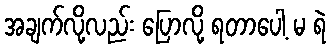
အချက်လို့လည်း ပြောလို့ ရတာပေါ့ မ ရဲ